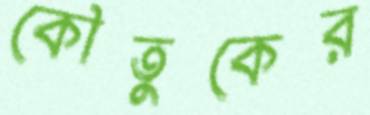
কৌতুকের